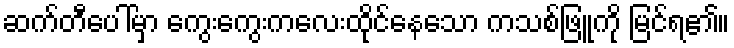
ဆက်တီပေါ်မှာ ကွေးကွေးကလေးထိုင်နေသော ကသစ်ဖြူကို မြင်ရ၏။